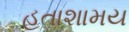
હતાશામય